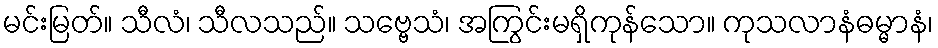
မင်းမြတ်။ သီလံ၊ သီလသည်။ သဗ္ဗေသံ၊ အကြွင်းမရှိကုန်သော။ ကုသလာနံဓမ္မာနံ၊